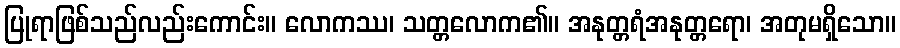
ပြုရာဖြစ်သည်လည်းကောင်း။ လောကဿ၊ သတ္တလောက၏။ အနုတ္တရံအနုတ္တရော၊ အတုမရှိသော။